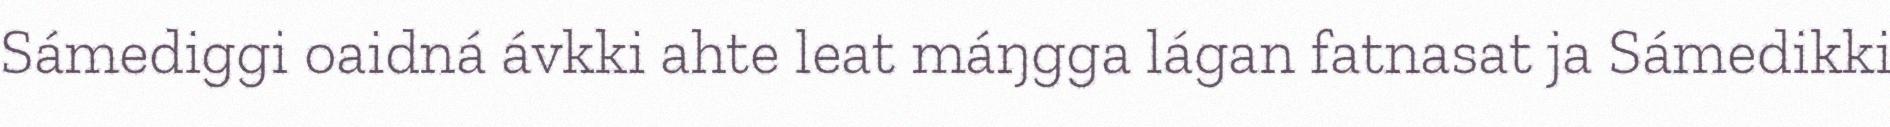
Sámediggi oaidná ávkki ahte leat máŋgga lágan fatnasat ja Sámedikki